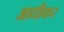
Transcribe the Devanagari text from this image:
आधीकर